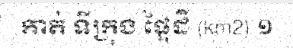
កាត់ ទីក្រុង ផ្ទៃដី (km2) ១